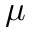
\mu